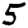
Digit: 5